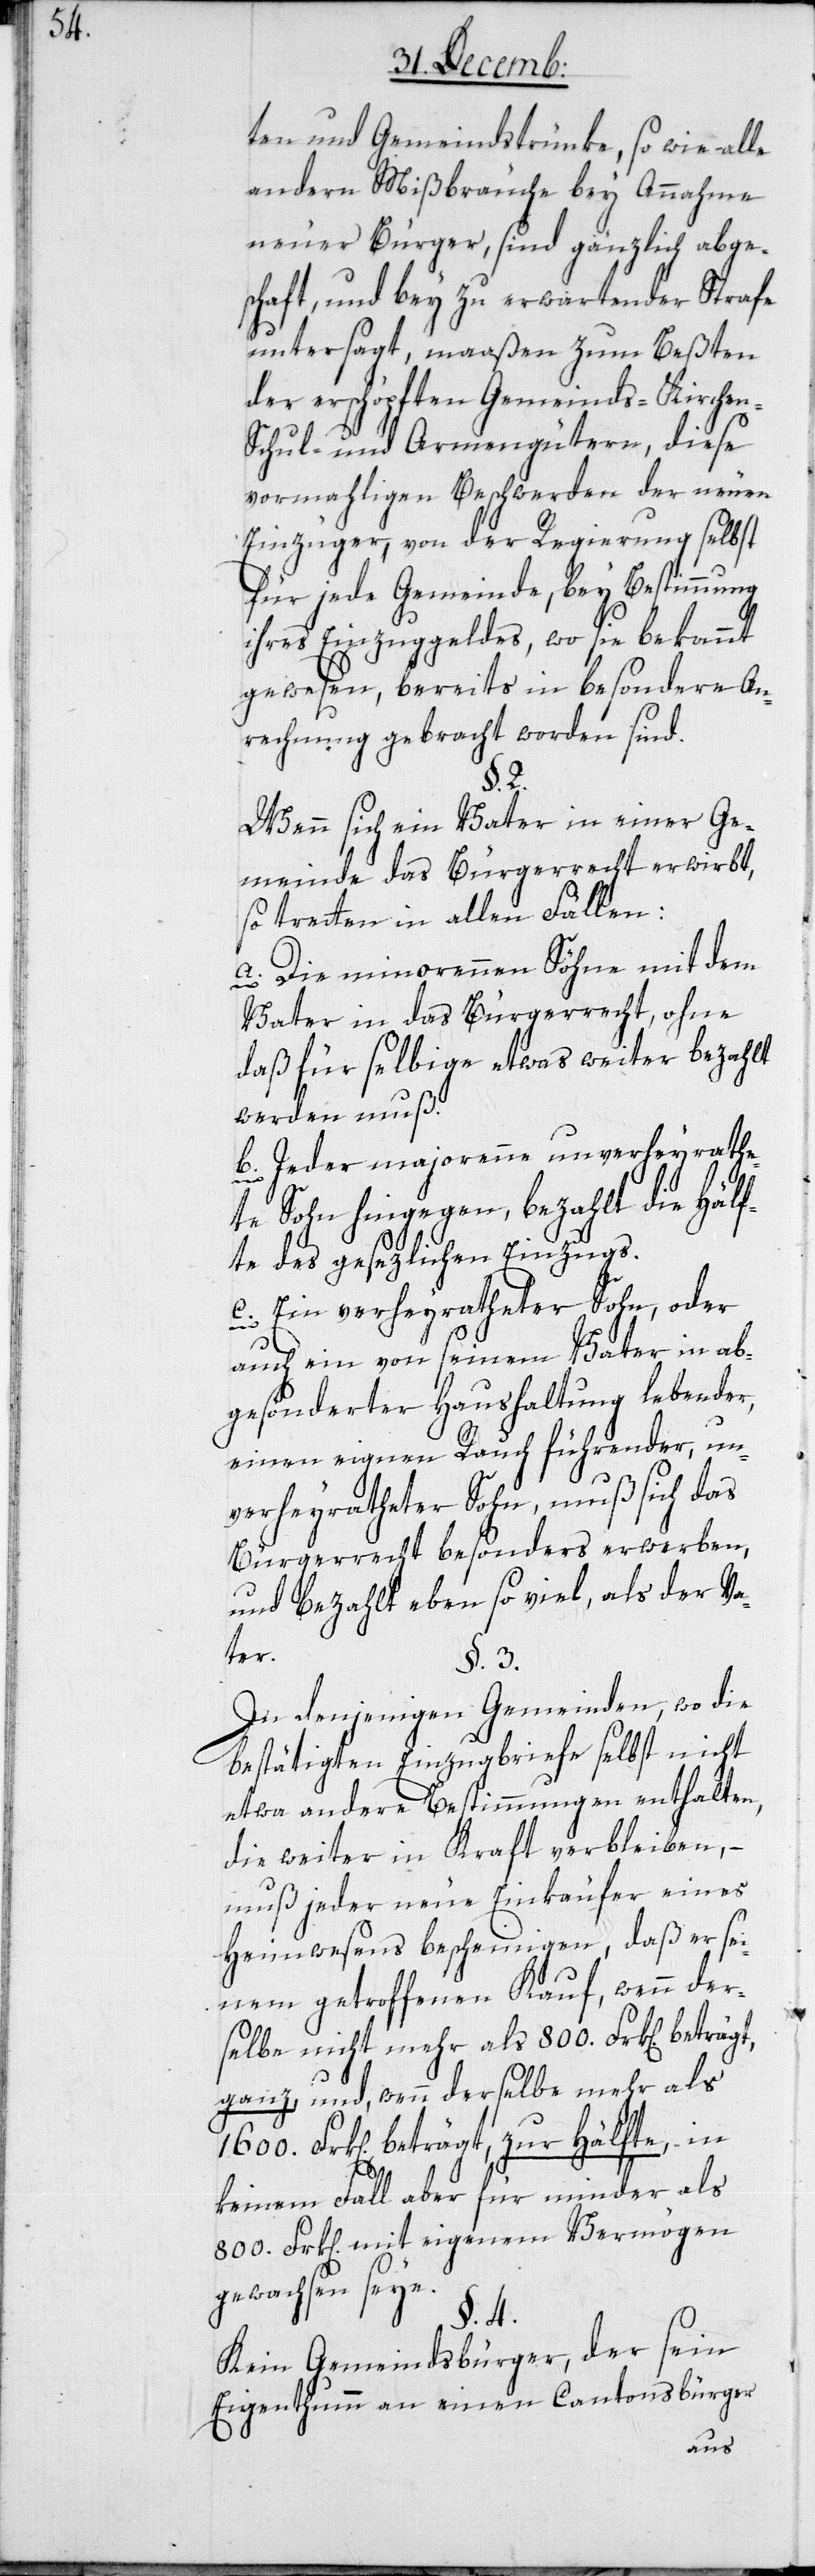
ten und Gemeindstrünke sowie alle
andern Mißbräuche bey Annahme
neuer Bürger, sind gänzlich abgesc¬
hafft, und bey zu erwartender Strafe
untersagt, maaßen zum Beßten
der erschöpften Gemeinds-, Kirchen-,
Schul- und Armengütern, diese
vormahligen Beschwerden der neuen
Einzüger, von der Regierung selbst
für jede Gemeinde, bey Bestimmung
ihres Einzugsgeldes, wo sie bekannt
gewesen, bereits in besondere An¬
rechnung gebracht worden sind.
§. 2.
Wenn sich ein Vater in einer Ge¬
meinde das Bürgerrecht erwirbt,
so tretten in allen Fällen:
a) Die minorennen Söhne mit dem
Vater in das Bürgerrecht, ohne
daß für selbige etwas weiter bezahlt
werden muß.
b) Jeder majorenne unverheyrathe¬
te Sohn hingegen, bezahlt die Hälf¬
te des gesezlichen Einzugs.
c) Ein verheyratheter Sohn, oder
auch ein von seinem Vater in ab¬
gesönderter Haushaltung lebender,
einen eignen Rauch führender, un¬
verheyratheter Sohn, muß sich das
Bürgerrecht besonders erwerben,
und bezahlt eben so viel, als der Va¬
ter.
§. 3.
In denjenigen Gemeinden, wo die
bestätigten Einzugsbriefe selbst nicht
etwa andere Bestimmungen enthalten,
die weiter in Kraft verbleiben, –
muß jeder neue Einkäufer eines
Heimwesens bescheinigen, daß er sei¬
nem getroffenen Kauf, wenn der¬
selbe nicht mehr als 800. Frk[en].
ganz, und, wenn derselbe mehr als
Frk[en]. beträgt, zur Hälfte, in
keinem Fall aber für minder als
800. Frk[en]. mit eigenem Vermögen
gewachsen seye.
§. 4.
Kein Gemeindsbürger, der sein
Eigenthumm an einen Cantonsbürger